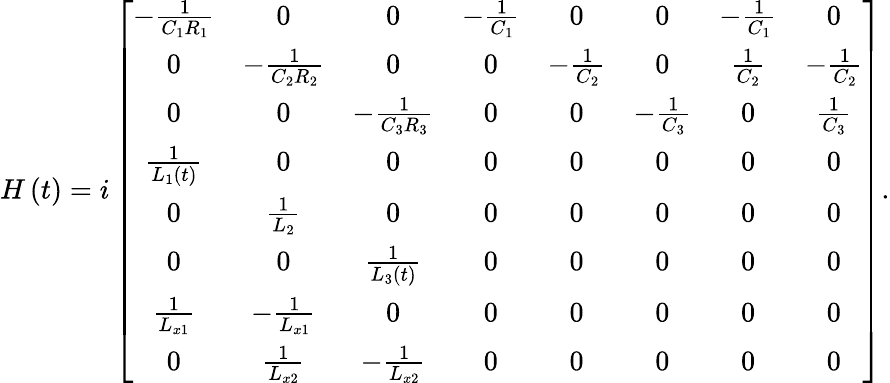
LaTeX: \begin{array}{r}{H\left(t\right)=i\left[\begin{array}{cccccccc}{-\frac{1}{C_{1}R_{1}}}&{0}&{0}&{-\frac{1}{C_{1}}}&{0}&{0}&{-\frac{1}{C_{1}}}&{0}\\ {0}&{-\frac{1}{C_{2}R_{2}}}&{0}&{0}&{-\frac{1}{C_{2}}}&{0}&{\frac{1}{C_{2}}}&{-\frac{1}{C_{2}}}\\ {0}&{0}&{-\frac{1}{C_{3}R_{3}}}&{0}&{0}&{-\frac{1}{C_{3}}}&{0}&{\frac{1}{C_{3}}}\\ {\frac{1}{L_{1}\left(t\right)}}&{0}&{0}&{0}&{0}&{0}&{0}&{0}\\ {0}&{\frac{1}{L_{2}}}&{0}&{0}&{0}&{0}&{0}&{0}\\ {0}&{0}&{\frac{1}{L_{3}\left(t\right)}}&{0}&{0}&{0}&{0}&{0}\\ {\frac{1}{L_{x1}}}&{-\frac{1}{L_{x1}}}&{0}&{0}&{0}&{0}&{0}&{0}\\ {0}&{\frac{1}{L_{x2}}}&{-\frac{1}{L_{x2}}}&{0}&{0}&{0}&{0}&{0}\end{array}\right].}\end{array}